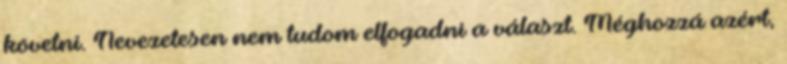
követni. Nevezetesen nem tudom elfogadni a választ. Méghozzá azért,